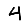
Digit: 4